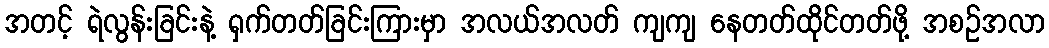
အတင့် ရဲလွန်းခြင်းနဲ့ ရှက်တတ်ခြင်းကြားမှာ အလယ်အလတ် ကျကျ နေတတ်ထိုင်တတ်ဖို့ အစဉ်အလာ